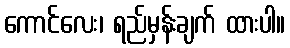
ကောင်လေး၊ ရည်မှန်းချက် ထားပါ။